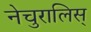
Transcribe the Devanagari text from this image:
नेचुरालिस्